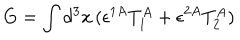
LaTeX: G = \int d ^ { 3 } x \, ( \epsilon ^ { 1 A } T _ { 1 } ^ { A } + \epsilon ^ { 2 A } T _ { 2 } ^ { A } )